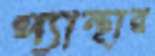
প্যান্থার